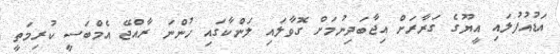
އަޑުއުފުލައި އީޔޫގެ ގަރާރަށް އިޖާބަދިނުމަށް ގޮވާލައި ލަންކާގައި ހުންނަ ރާއްޖޭ އެމްބަސީ ކުރިމަތީ